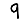
Digit: 9